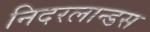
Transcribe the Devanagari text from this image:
निदरलान्डस